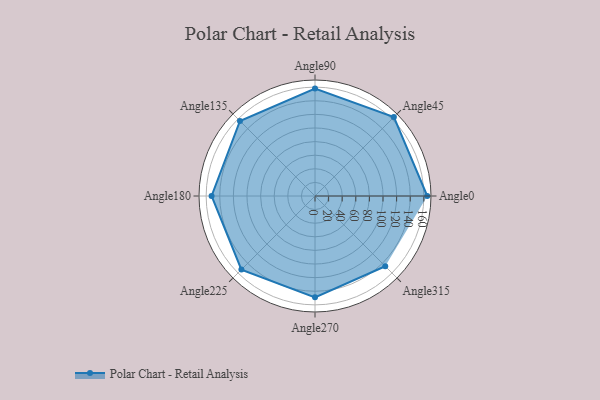
{"axis": {"x": "Angle", "y": "Radius"}, "legend": [""], "data": [{"x": "Angle0", "y": 165.0, "type": ""}, {"x": "Angle45", "y": 164.0, "type": ""}, {"x": "Angle90", "y": 158.0, "type": ""}, {"x": "Angle135", "y": 156.0, "type": ""}, {"x": "Angle180", "y": 152.0, "type": ""}, {"x": "Angle225", "y": 153.0, "type": ""}, {"x": "Angle270", "y": 149.0, "type": ""}, {"x": "Angle315", "y": 146.0, "type": ""}]}